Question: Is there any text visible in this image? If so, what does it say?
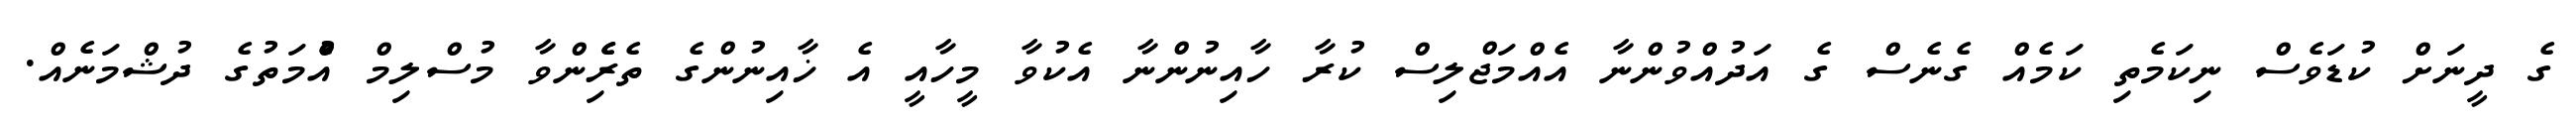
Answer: ގެ ދީނަށް ކުޑަވެސް ނިކަމެތި ކަމެއް ގެނެސް ގެ އަދުއްވުންނާ އެއްމަޖްލިސް ކުރާ ހާއިނުންނާ އެކުވާ މީހާއީ އެ ޚާއިނުންގެ ތެރެެިންވާ މުސްލިމް އުެްމަތުގެ ދުޝްމަނެއް.